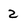
Character: 2